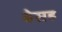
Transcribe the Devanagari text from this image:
बेसह